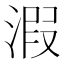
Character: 溊